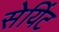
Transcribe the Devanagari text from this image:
सेयिंट